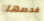
فحصها